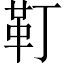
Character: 靪